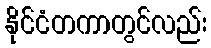
နိုင်ငံတကာတွင်လည်း